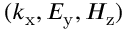
( k _ { \mathrm { x } } , E _ { \mathrm { y } } , H _ { \mathrm { z } } )